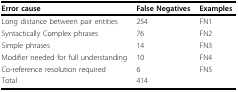
<table><thead><tr><td><b>Error cause</b></td><td><b>False Negatives</b></td><td><b>Examples</b></td></tr></thead><tbody><tr><td>Long distance between pair entities</td><td>254</td><td>FN1</td></tr><tr><td>Syntactically Complex phrases</td><td>76</td><td>FN2</td></tr><tr><td>Simple phrases</td><td>14</td><td>FN3</td></tr><tr><td>Modifier needed for full understanding</td><td>10</td><td>FN4</td></tr><tr><td>Co-reference resolution required</td><td>6</td><td>FN5</td></tr><tr><td>Total</td><td>414</td><td></td></tr></tbody></table>